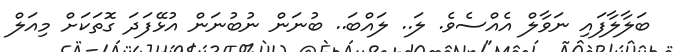
ބަލާލާފައި ނަވާލް އެއްސެވެ. ލަ.. ލައްބަ.. ބުނަން ނުބުނަން އުޅޭފަދަ ގޮތަކަށް މިއަލް